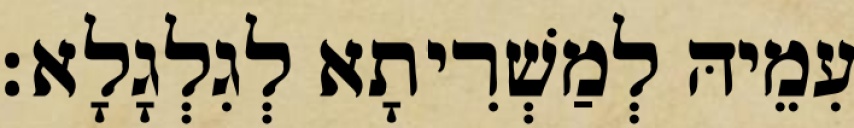
עִמֵיהּ לְמַשְׁרִיתָא לְגִלְגָלָא׃